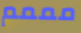
مممم